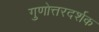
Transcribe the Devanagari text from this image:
गुणोत्तरदर्शक